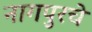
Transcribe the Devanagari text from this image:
नागपुरचे